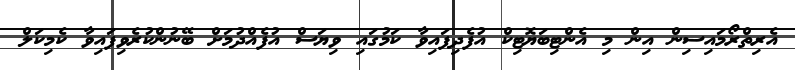
އެރިތްރޯމައިސިން އިން މި އެންޓިބަޔޮޓިކް އުފެދިފައިވާ ކަމުގައި ވިޔަސް އުފެއްދުމަށް ބޭނުންކުރެވިފައިވާ ކެމިކަލް